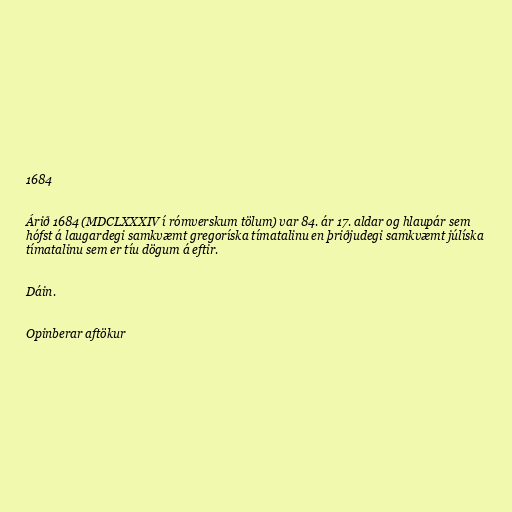
1684

Árið 1684 (MDCLXXXIV í rómverskum tölum) var 84. ár 17. aldar og hlaupár sem
hófst á laugardegi samkvæmt gregoríska tímatalinu en þriðjudegi samkvæmt júlíska
tímatalinu sem er tíu dögum á eftir.

Dáin.

Opinberar aftökur